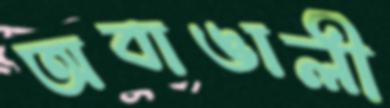
অবাঙালী